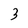
Character: 3